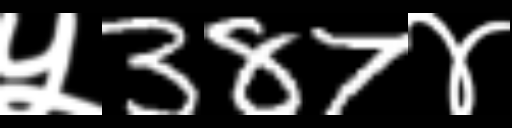
Text: ५387४